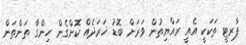
ޕާރޓީ ތަކަކީ އެއީ ރައްޔިތުން ވަރަށް ބޮޑު ޚަރަދެއް ކޮށްގެން ހިންގާ ތަންތަން